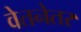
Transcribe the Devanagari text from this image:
वेतनेतर